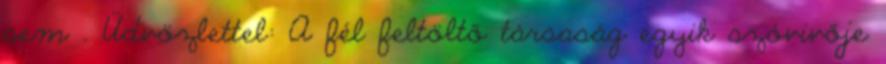
sem . Üdvözlettel: A fél feltöltő társaság egyik szóvivője